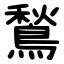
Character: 鶖